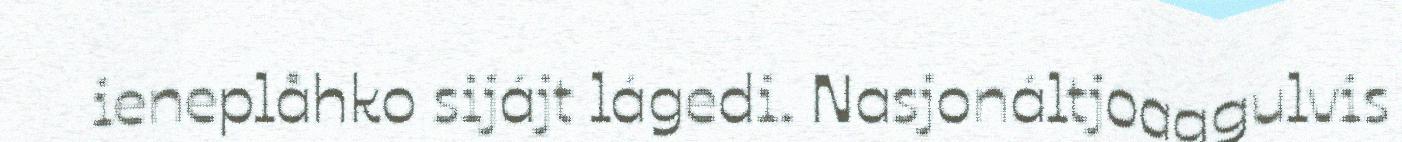
ieneplåhko sijájt lágedi. Nasjonáltjoaggulvis